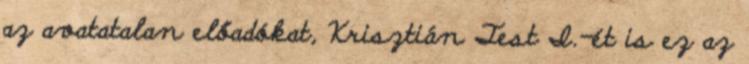
az avatatalan előadókat, Krisztián Test I.-ét is ez az